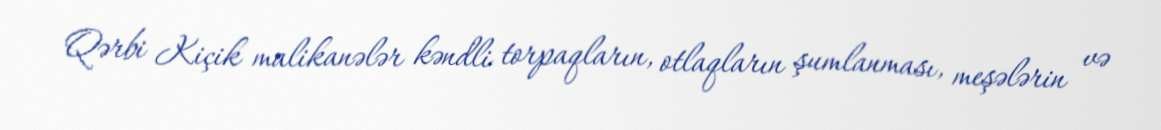
Qərbi Kiçik malikanələr kəndli torpaqların, otlaqların şumlanması, meşələrin və